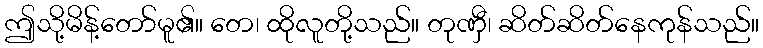
ဤသို့မိန့်တော်မူ၏။ တေ၊ ထိုလူတို့သည်။ တုဏှီ၊ ဆိတ်ဆိတ်နေကုန်သည်။